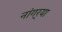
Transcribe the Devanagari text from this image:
नांगर्‍या